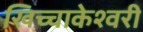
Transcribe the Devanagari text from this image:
खिच्चाकेश्वरी